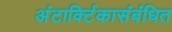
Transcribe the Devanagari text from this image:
अंटार्क्टिकासंबंधित